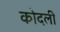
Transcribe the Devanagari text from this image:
कोदली